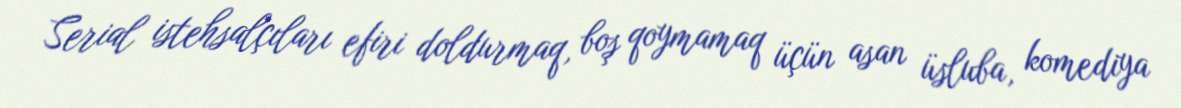
Serial istehsalçıları efiri doldurmaq, boş qoymamaq üçün asan üsluba, komediya